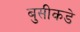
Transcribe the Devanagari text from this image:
बुसीकडे